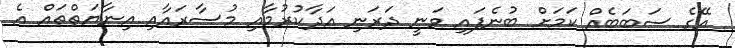
އޭގެ ސަބަބެއް ކަމަށް ބުނެފައި ވަނީ ދަރަނި އަދާކުރުމާއި މުސާރައާއި އިނާޔަތްތައް އެ